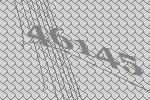
46145